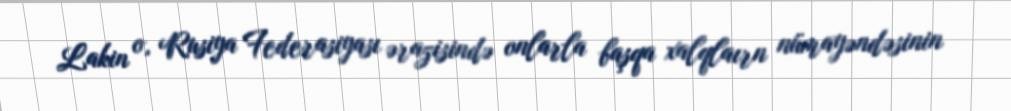
Lakin o, Rusiya Federasiyası ərazisində onlarla başqa xalqlaırn nümayəndəsinin